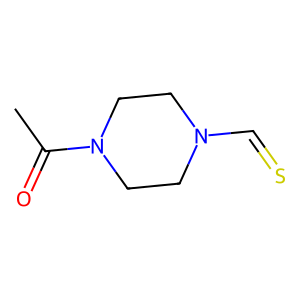
SMILES: CC(=O)N1CCN(C=S)CC1
Inhibits HIV replication: No